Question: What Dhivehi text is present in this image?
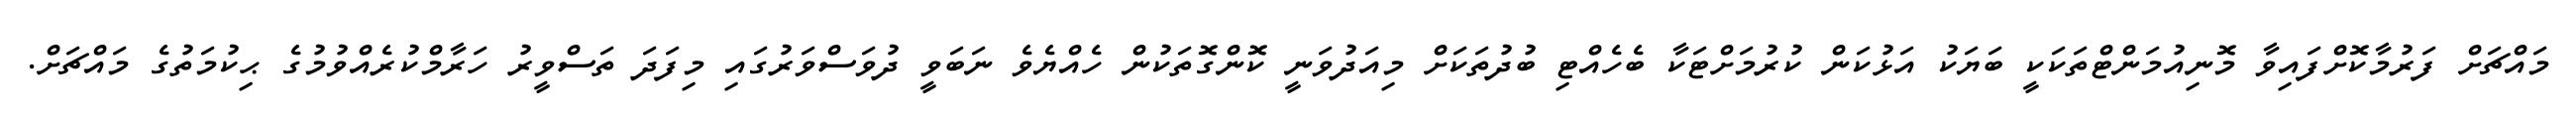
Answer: މައްޗަށް ފަރުމާކޮށްފައިވާ މޮނިއުމަންޓްތަކަކީ ބަޔަކު އަޅުކަން ކުރުމަށްޓަކާ ބެހެއްޓި ބުދުތަކަށް މިއަދުވަނީ ކޮންގޮތަކުން ހެއްޔެވެ ނަބަވީ ދުވަސްވަރުގައި މިފަދަ ތަސްވީރު ހަރާމްކުރެއްވުމުގެ ޙިކުމަތުގެ މައްޗަށް.